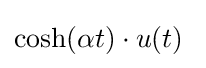
\cosh(\alpha t)\cdot u(t)\